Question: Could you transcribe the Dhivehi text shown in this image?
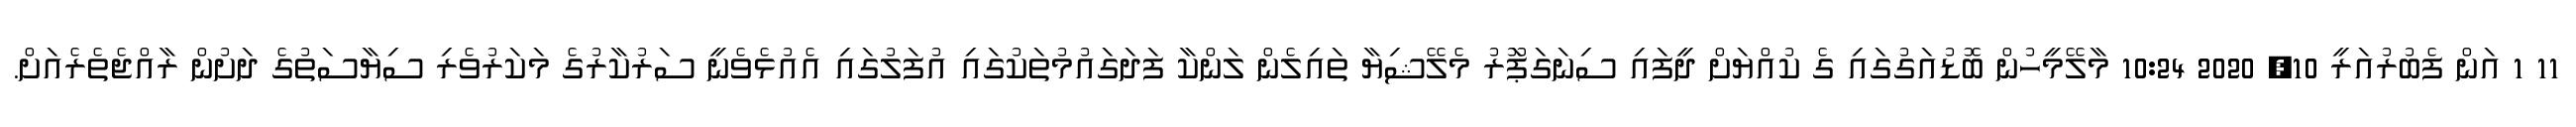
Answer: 11 1 އަން ފެބުރުއަރީ 10, 2020 10:24 މާލޭމީހުން ބޮޑުއަގުގައި ގެ ކުއްޔަށް ދީފައި ސިނަގަޕަޫރު މެލޭޝިޔާ ތައިލެން ލަންކާ ފަދަގައުމުތަކުގައި އުފަލުގައި އެއުޅެވެނީ ސަރުކާރުގެ މަކަރުވެރި ސިޔާސަތުގެ ދަށުން ރާއްޖެތެރެއަށް.